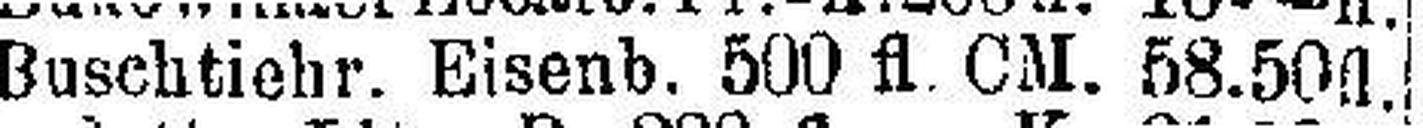
Buschtiehr. Eisenb. 500 fl. CM. 58.50 fl.